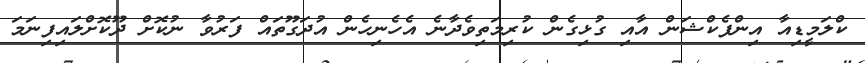
ކްލަމީޑިއާ އިންފެކްޝަން އާއި ގުޅިގެން ކުރިމަތިވެދާނެ އެހެނިހެން އުދަގޫތައް ފަރުވާ ނުކޮށް ދޫކޮށްލައިފިނަމަ